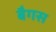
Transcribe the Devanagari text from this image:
बैगस